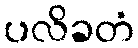
ပလိခတံ